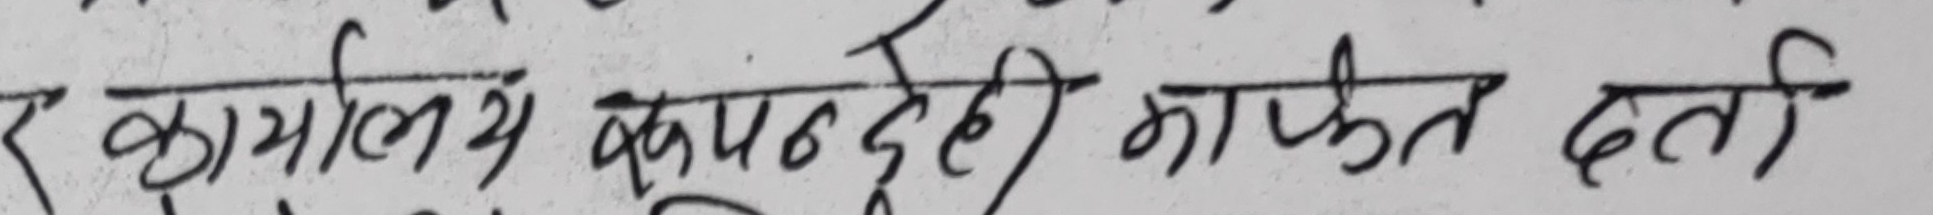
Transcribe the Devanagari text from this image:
र कार्यालय ये कमाण्डदेही मार्फत दर्ता